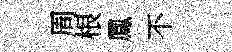
周根鳳不